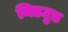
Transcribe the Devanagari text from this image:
मिडउुड